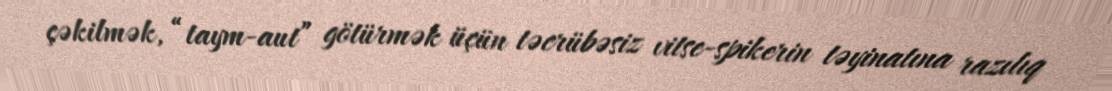
çəkilmək, “taym-aut” götürmək üçün təcrübəsiz vitse-spikerin təyinatına razılıq